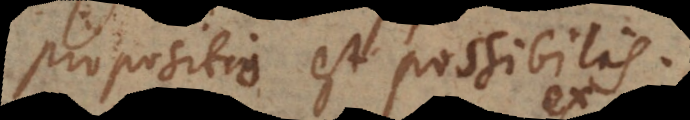
propositio est possibilis.